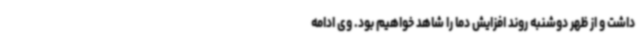
داشت و از ظهر دوشنبه روند افزایش دما را شاهد خواهیم بود. وی ادامه